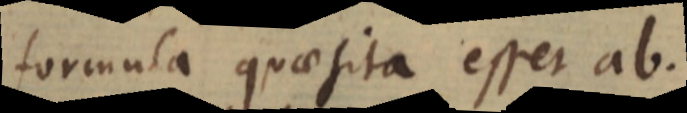
formula quaesita esset ab.